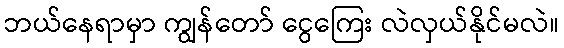
ဘယ်နေရာမှာ ကျွန်တော် ငွေကြေး လဲလှယ်နိုင်မလဲ။